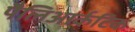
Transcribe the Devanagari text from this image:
पैलिआर्कटिक